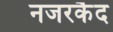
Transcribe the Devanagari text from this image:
नजरकैद